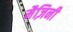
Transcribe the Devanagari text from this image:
मैज़िनी